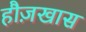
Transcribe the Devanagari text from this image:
हौज़खास